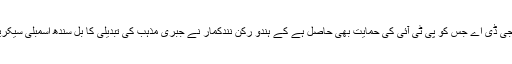
مگر اب ایک بار پھر جی ڈی اے جس کو پی ٹی آئی کی حمایت بھی حاصل ہے کے ہندو رکن نندکمار نے جبری مذہب کی تبدیلی کا بل سندھ اسمبلی سیکریٹریٹ میں جمع کرادیا۔